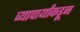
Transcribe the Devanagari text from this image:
व्यापार्यांकडून